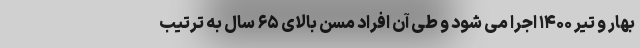
بهار و تیر ۱۴۰۰ اجرا می شود و طی آن افراد مسن بالای ۶۵ سال به ترتیب